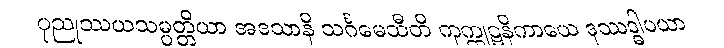
ပုညုဿယသမ္ပတ္တိယာ အဒသာနိ သင်္ဂမေသီတိ ကုက္ကုဋနိကာယေ ဒုဿဒ္ဓါပယာ